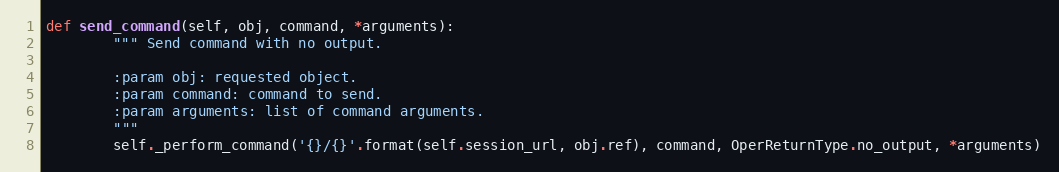
Language: Python
def send_command(self, obj, command, *arguments):
        """ Send command with no output.

        :param obj: requested object.
        :param command: command to send.
        :param arguments: list of command arguments.
        """
        self._perform_command('{}/{}'.format(self.session_url, obj.ref), command, OperReturnType.no_output, *arguments)